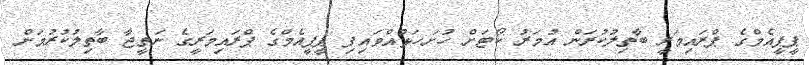
ޕީޕީއެމްގެ ޕްރައިމަރީ ބާތިލުކުރަން އުމަރު ކޯޓަށް ހުށަހަޅުއްވައިފި ޕީޕީއެމްގެ ޕްރައިމަރީގެ ނަތީޖާ ބާތިލުކުރުމަށް